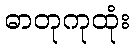
ဓာတုကုထုံး